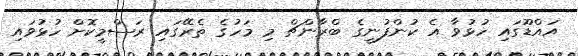
އައްޑޫގައި ހުޅުވާ އެ ކުންފުނީގެ ބްރާންޗް މި މަހުގެ ތެރޭގައި ރަސްމީކޮށް ހުޅުވައި